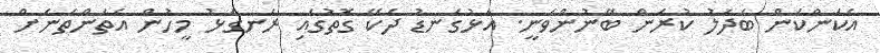
އެކަންކަން ބަދަލު ކުރަން ބޭނުންވަނީ. އަޅުގަނޑު ދެކޭ ގޮތުގައި ރަނގަޅު މީހުން އެތަންތަނަށް